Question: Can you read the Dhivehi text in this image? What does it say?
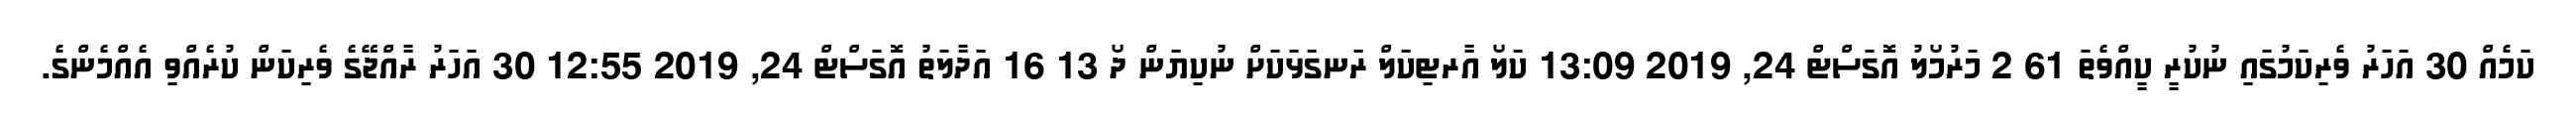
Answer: ކަމެއް 30 އަހަރު ވެރިކަމުގައި ނުކުރީ ކީއްވެތަ 61 2 މަރުމޯލު އޮގަސްޓް 24, 2019 13:09 ކަލޯ އާރޓިކަލް ރަނގަޅަކަށް ނުކިޔަން ދޯ 13 16 އަދާލަތު އޮގަސްޓް 24, 2019 12:55 30 އަހަރު ރާއްޖޭގެ ވެރިކަން ކުރެއްވި އެއްމެންގެ.